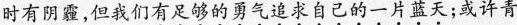
时有阴霾，但我们有足够的勇气追求自己的一片蓝天；或许青